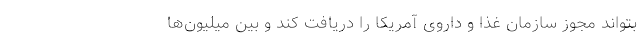
بتواند مجوز سازمان غذا و داروی آمریکا را دریافت کند و بین میلیون‌ها